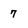
Character: 7